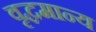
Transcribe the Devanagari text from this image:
वृद्धमान्य